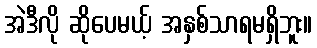
အဲဒီလို ဆိုပေမယ့် အနှစ်သာရမရှိဘူး။